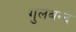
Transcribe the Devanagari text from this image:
गुलबन्द